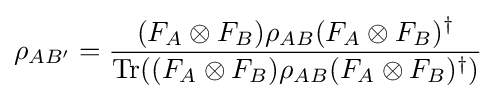
\rho _{AB'}={\frac {(F_{A}\otimes F_{B})\rho _{AB}(F_{A}\otimes F_{B})^{\dagger }}{{\text{Tr}}((F_{A}\otimes F_{B})\rho _{AB}(F_{A}\otimes F_{B})^{\dagger })}}